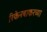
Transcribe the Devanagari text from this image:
रिकेनबाकरच्या